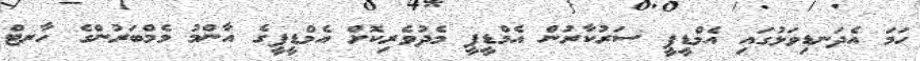
ހަމަ އެދަނޑިވަޅުގައި އެމްޑީޕީ ސަރުކާރުން އެމްޑީޕީ މެދުވެރިކޮށް އެމްޑީޕީގެ އާންމު މެމްބަރުންގެ ހާރޓް